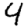
Digit: 4